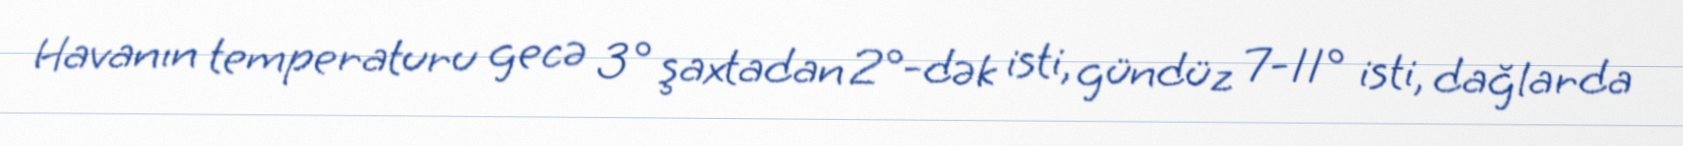
Havanın temperaturu gecə 3° şaxtadan 2°-dək isti, gündüz 7-11° isti, dağlarda